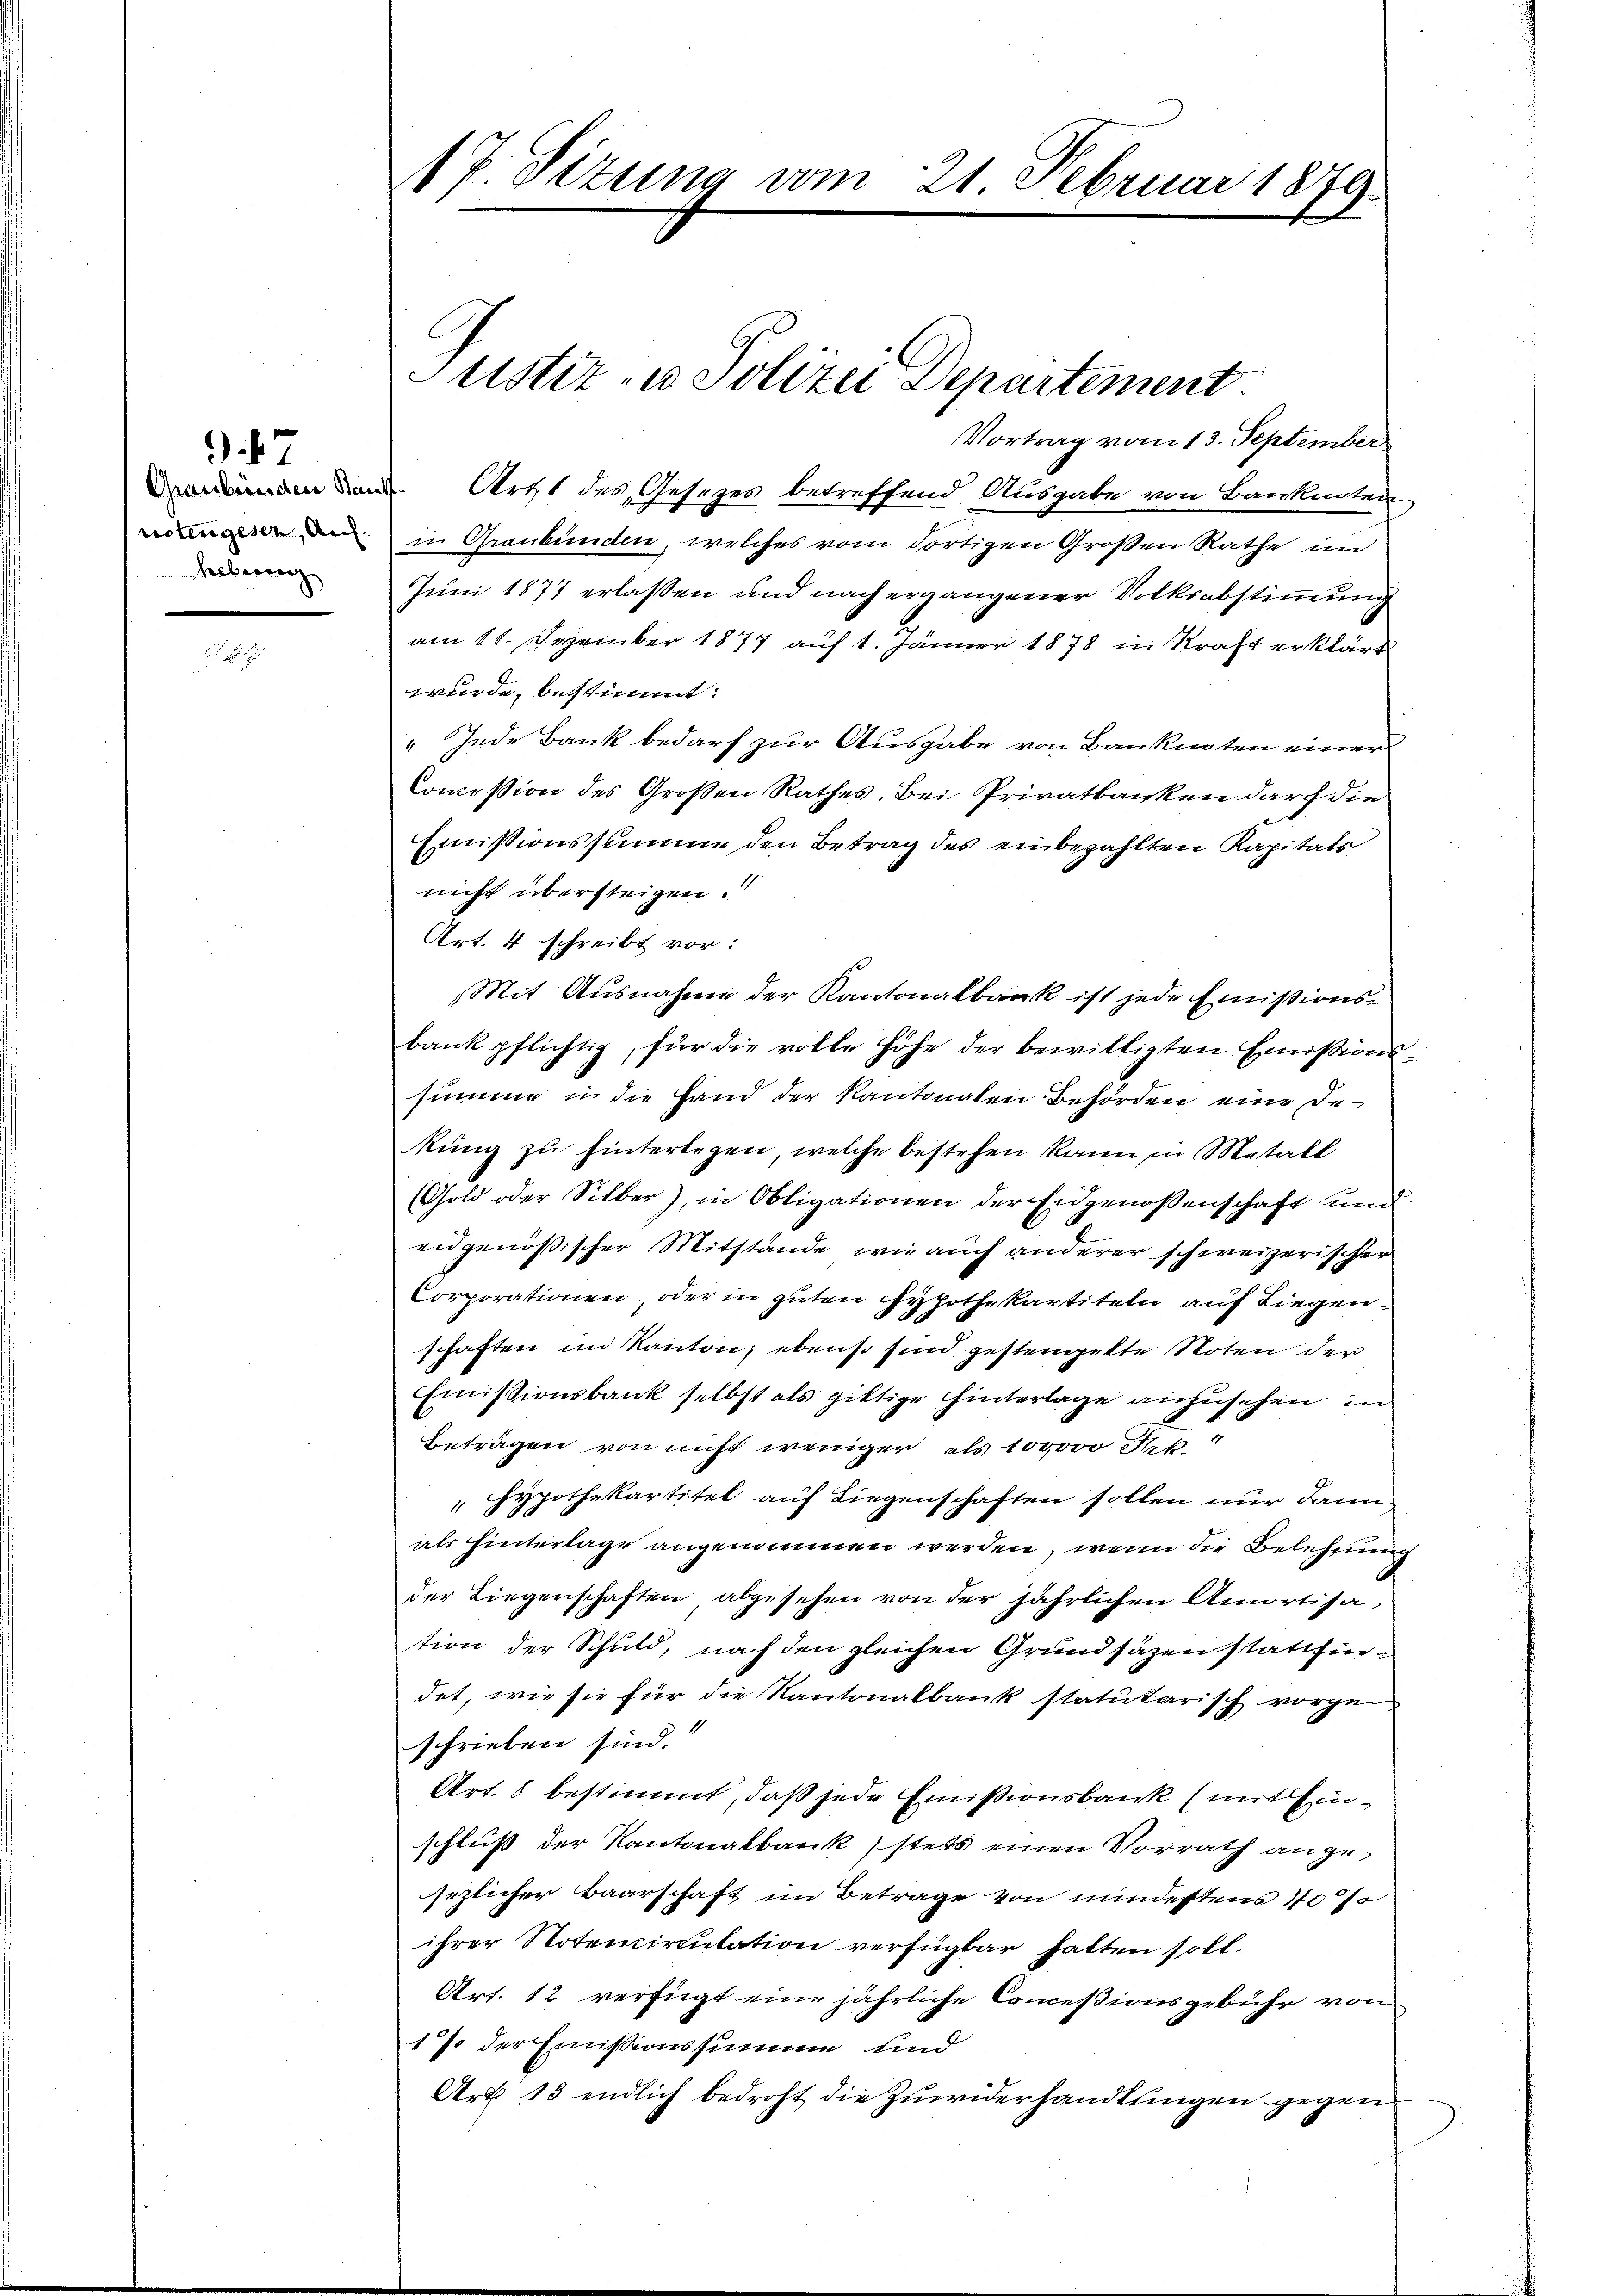
votengesen, Auf
hebung

47

1 P. Tizung vom 21. Februar 1879.

Vortrag vom 13. September
nden den Arzt des Gesetzes betreffend Ausgabe von Banknoten
i Graubünden, welches vom dortigen Großen Rathe im
Juni 1877 erlassen und nach ergangener Volksabstimmung
am 11. Dezember 1877 auf 1. Jänner 1878 in Kraft erklärt
wurde, bestimmt:
„Jede Bank bedarf zur Ausgabe von Bankinten einer
Commission des Großen Rathes. Bei Privatbanken durch die
Emissionssumme den Betrag des einbezahlten Kapitals
nicht übersteigen.
Art. 4 schreibt vor:
Mit Ausnahme der Kantonalbank ist jede Emissionsbank pflichtig, für die volle Höhe der bewilligten Emissions-
summe in die Hand der Kantonalen Behörden eine Dekŭng zu hinterlegen, welche bestehen kann in Metall
(Gold oder Silber), in Obligationen der Eidgenossenschaft und
eidgenössischer Mitstande, wie auch anderer schweizerischer
Corporationen, oder in guten Hypothekartiteln auf Liegenschaften im Kanton, ebenso sind gestengelte Noten der
Emissionsbank selbst als giltige Hinterlage anzusehen, in
.
Beträgen von nicht weniger, als 100000 Frk.
" Hypothekartitel auf Liegenschaften sollen nur dann
als hinterlage angenommen werden, wenn die Belehnung
der Liegenschaften abgesehen von der jährlichen Amortisa
tion der Schuld, nach den gleichen Grundsäzen stattfindet, wie sie für die Kantonalbank statutarisch vorge
schrieben sind.
Art. 8 bestimmt, daß jede Emissionsbank (mit Einschluß der Kantonalbank stets einen Vorrath angesezlicher Baarschaft im Betrage von mindestens 100%
ihrer Notencientation verfügbar hatten soll.
Art. 12 verfügt eine jährliche Conceßionsgebühr von
17 der Emissionssumme und
Art. 13 endlich bedroht die Zuwiderhandlungen gegen

Justiz- u. Polizei Departement